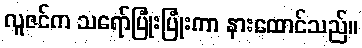
လူဇင်က သရော်ပြုံးပြုံးကာ နားထောင်သည်။